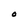
Character: O